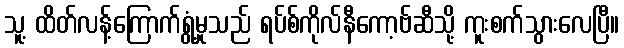
သူ့ ထိတ်လန့်ကြောက်ရွံ့မှုသည် ရပ်စ်ကိုလ်နီကော့ဗ်ဆီသို့ ကူးစက်သွားလေပြီ။